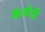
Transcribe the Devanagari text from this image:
कॅनोपी